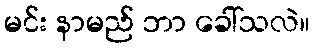
မင်း နာမည် ဘာ ခေါ်သလဲ။